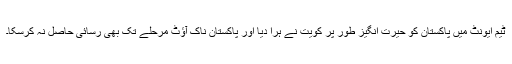
ٹیم ایونٹ میں پاکستان کو حیرت انگیز طور پر کویت نے ہرا دیا اور پاکستان ناک آؤٹ مرحلے تک بھی رسائی حاصل نہ کرسکا۔